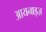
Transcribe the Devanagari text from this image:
आयनाइज़